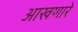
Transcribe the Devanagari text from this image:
आखणारे